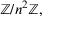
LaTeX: \mathbb { Z } / n ^ { 2 } \mathbb { Z } ,